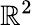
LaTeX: \mathbb{R}^{2}